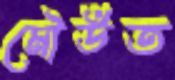
মৌউত